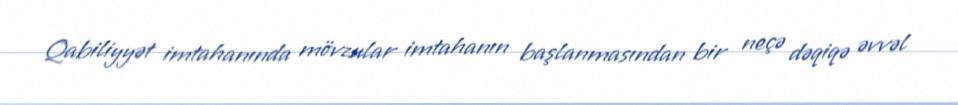
Qabiliyyət imtahanında mövzular imtahanın başlanmasından bir neçə dəqiqə əvvəl